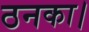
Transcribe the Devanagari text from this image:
ठनका।